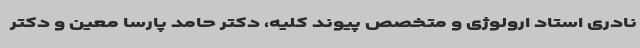
نادری استاد ارولوژی و متخصص پیوند کلیه، دکتر حامد پارسا معین و دکتر